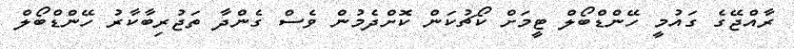
ރާއްޖޭގެ ގައުމީ ހޭންޑްބޯލް ޓީމަށް ކޯޗުކަން ކޮށްދެމުން ވެސް ގެންދާ ތަޖުރިބާކާރު ހޭންޑްބޯލް